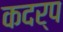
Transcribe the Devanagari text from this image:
कदर्प